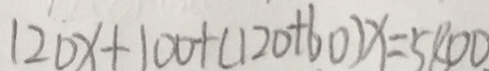
1 2 0 x + 1 0 0 + ( 1 2 0 + 6 0 ) x = 5 8 0 0